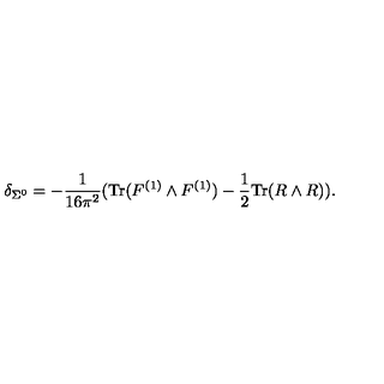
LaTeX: \delta _ { \Sigma ^ { 0 } } = - \frac { 1 } { 1 6 \pi ^ { 2 } } ( \mathrm { T r } ( F ^ { ( 1 ) } \wedge F ^ { ( 1 ) } ) - \frac { 1 } { 2 } \mathrm { T r } ( R \wedge R ) ) .